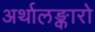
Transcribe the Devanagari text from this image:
अर्थालङ्कारो